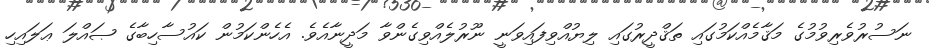
ނަސުރުވެރިވުމުގެ މަޤާމެއްކަމުގައި ތަޤްދީރުގައި ލިޔުއްވިފައިވަނީ ނޫރުލެއްވިގެންވާ މަދީނާއެވެ. އެހެންކަމުން ކައުސާހިބާގެ ޞައްލަ ޢަލައިހި